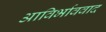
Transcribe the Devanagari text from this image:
आविर्भाववाद